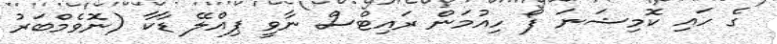
ގެ ހައި ކޮމިޝަނަ ފޯ ހިއުމަން ރައިޓްސް ނާވީ ޕިއްލޭ ޑާކާ (ނޮވެމްބަރު